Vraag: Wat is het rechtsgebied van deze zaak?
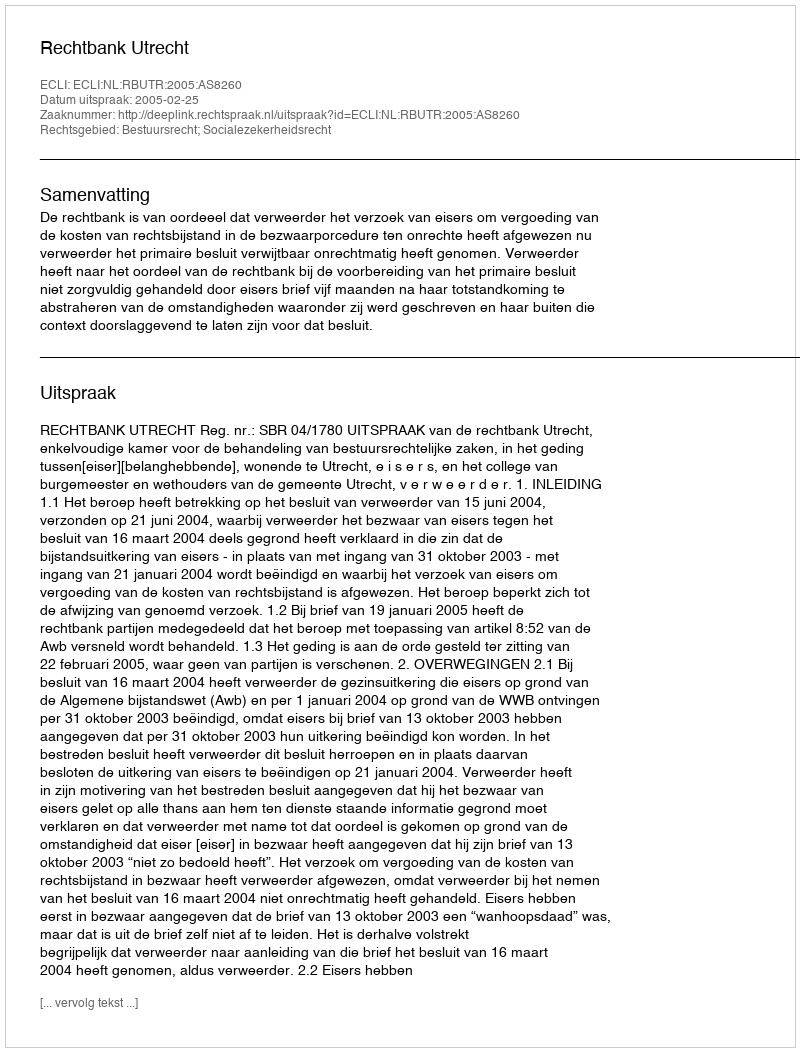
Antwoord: Bestuursrecht; Socialezekerheidsrecht